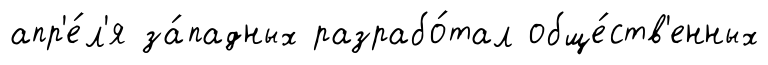
апр'е́л'я за́падных разрабо́тал обще́ств'енных